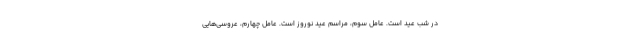
در شب عید است. عامل سوم، مراسم عید نوروز است. عامل چهارم، عروسی‌هایی